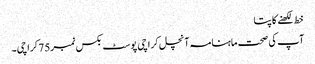
خط لکھنے کا پتا
آپ کی صحت ماہنامہ آنچل کراچی پوسٹ بکس نمبر75 کراچی۔